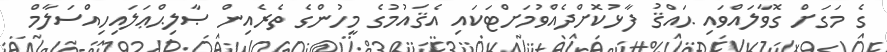
ގެ މަގަށް ގޮވާލައްވައި ޙައްޤު ފާޅުކޮށްދެއްވުމަށްޓަކައި އެޤައުމުގެ މީހުންގެ ތެރެއިން ޞާލިޙްޢަލައިހިއްސަލާމް